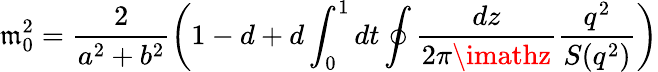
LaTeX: \mathfrak{m}_{0}^{2}=\frac{{2}}{{a^{2}+b^{2}}}\left(1-d+d\int_{0}^{1}dt\oint\frac{{dz}}{{2\pi\imathz}}\frac{{q^{2}}}{{S(q^{2})}}\right)